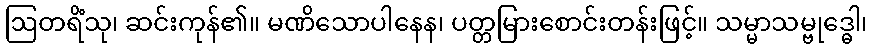
ဩတရိံသု၊ ဆင်းကုန်၏။ မဏိသောပါနေန၊ ပတ္တမြားစောင်းတန်းဖြင့်။ သမ္မာသမ္ဗုဒ္ဓေါ၊